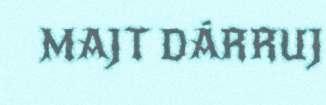
MAJT DÁRRUJ